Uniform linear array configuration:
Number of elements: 12
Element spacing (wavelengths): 0.25
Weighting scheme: blackman
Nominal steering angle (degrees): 45
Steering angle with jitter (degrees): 46.004
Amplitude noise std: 0.05
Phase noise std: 0.05

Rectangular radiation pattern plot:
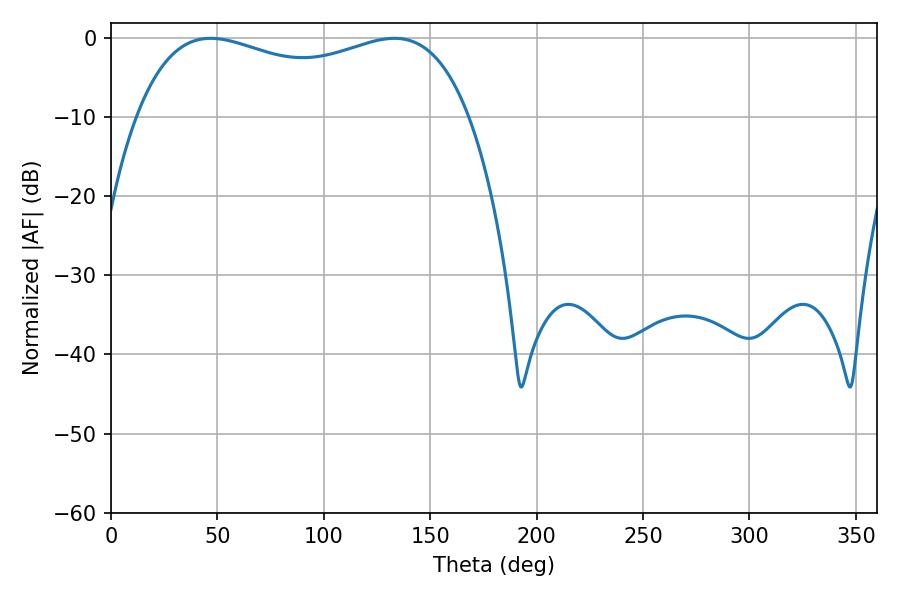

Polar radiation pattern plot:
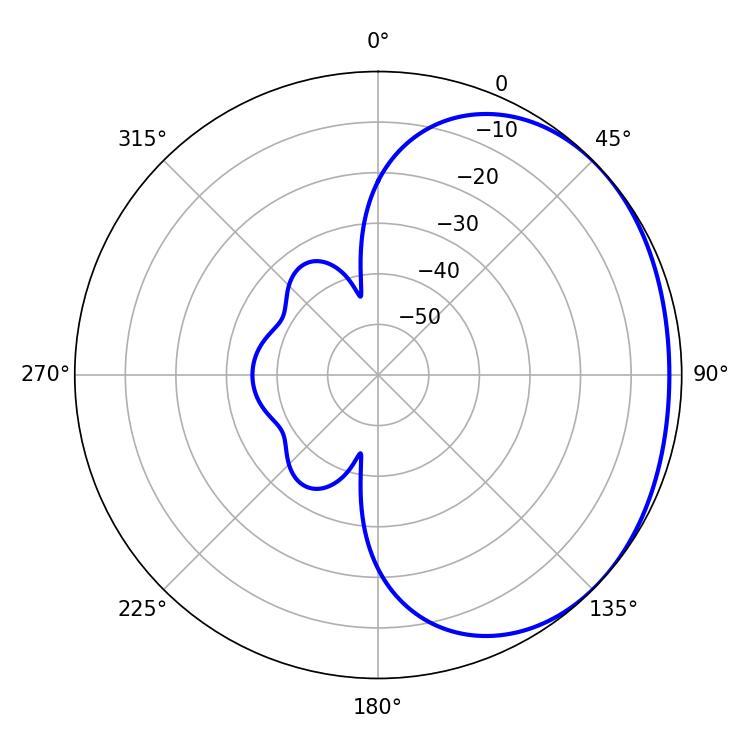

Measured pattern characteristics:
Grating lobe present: FALSE
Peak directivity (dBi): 1.439
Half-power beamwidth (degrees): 128.52
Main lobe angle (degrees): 46.8